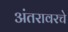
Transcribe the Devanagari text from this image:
अंतरावरचे